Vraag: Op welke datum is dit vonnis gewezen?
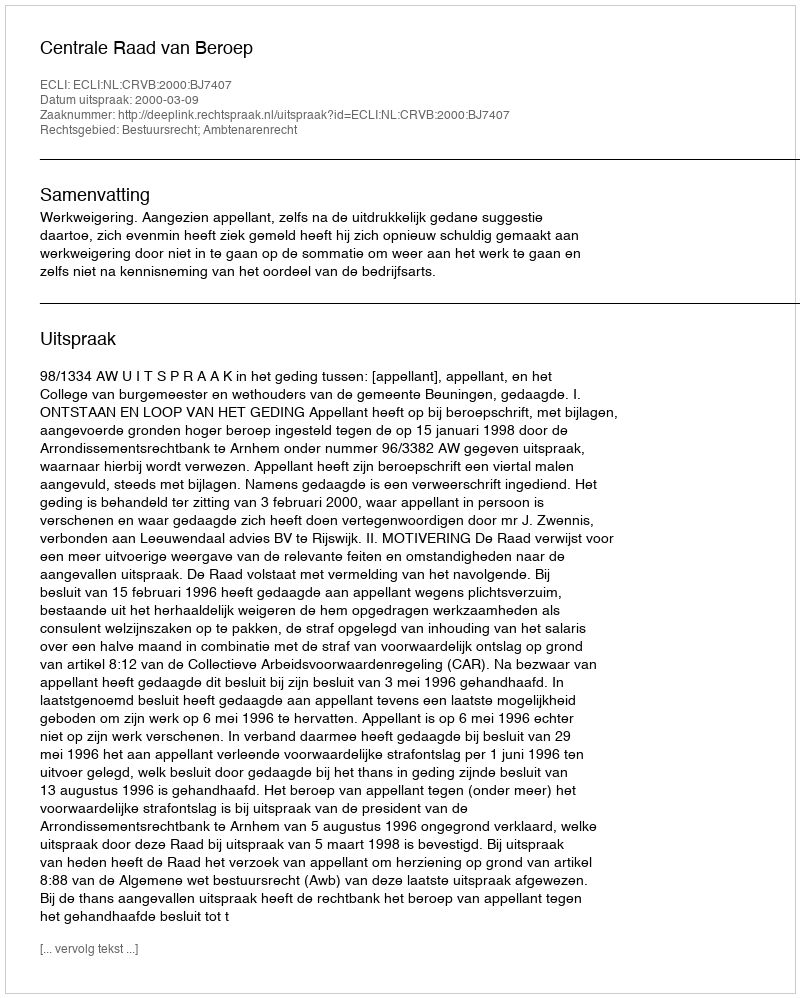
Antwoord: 2000-03-09